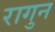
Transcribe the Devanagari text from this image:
रागुन